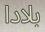
بلادا